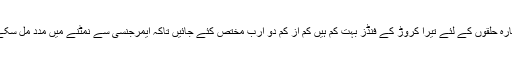
گیارہ حلقوں کے لئے تیرا کروڑ کے فنڈز بہت کم ہیں کم از کم دو ارب مختص کئے جائیں تاکہ ایمرجنسی سے نمٹنے میں مدد مل سکے۔